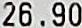
26.90